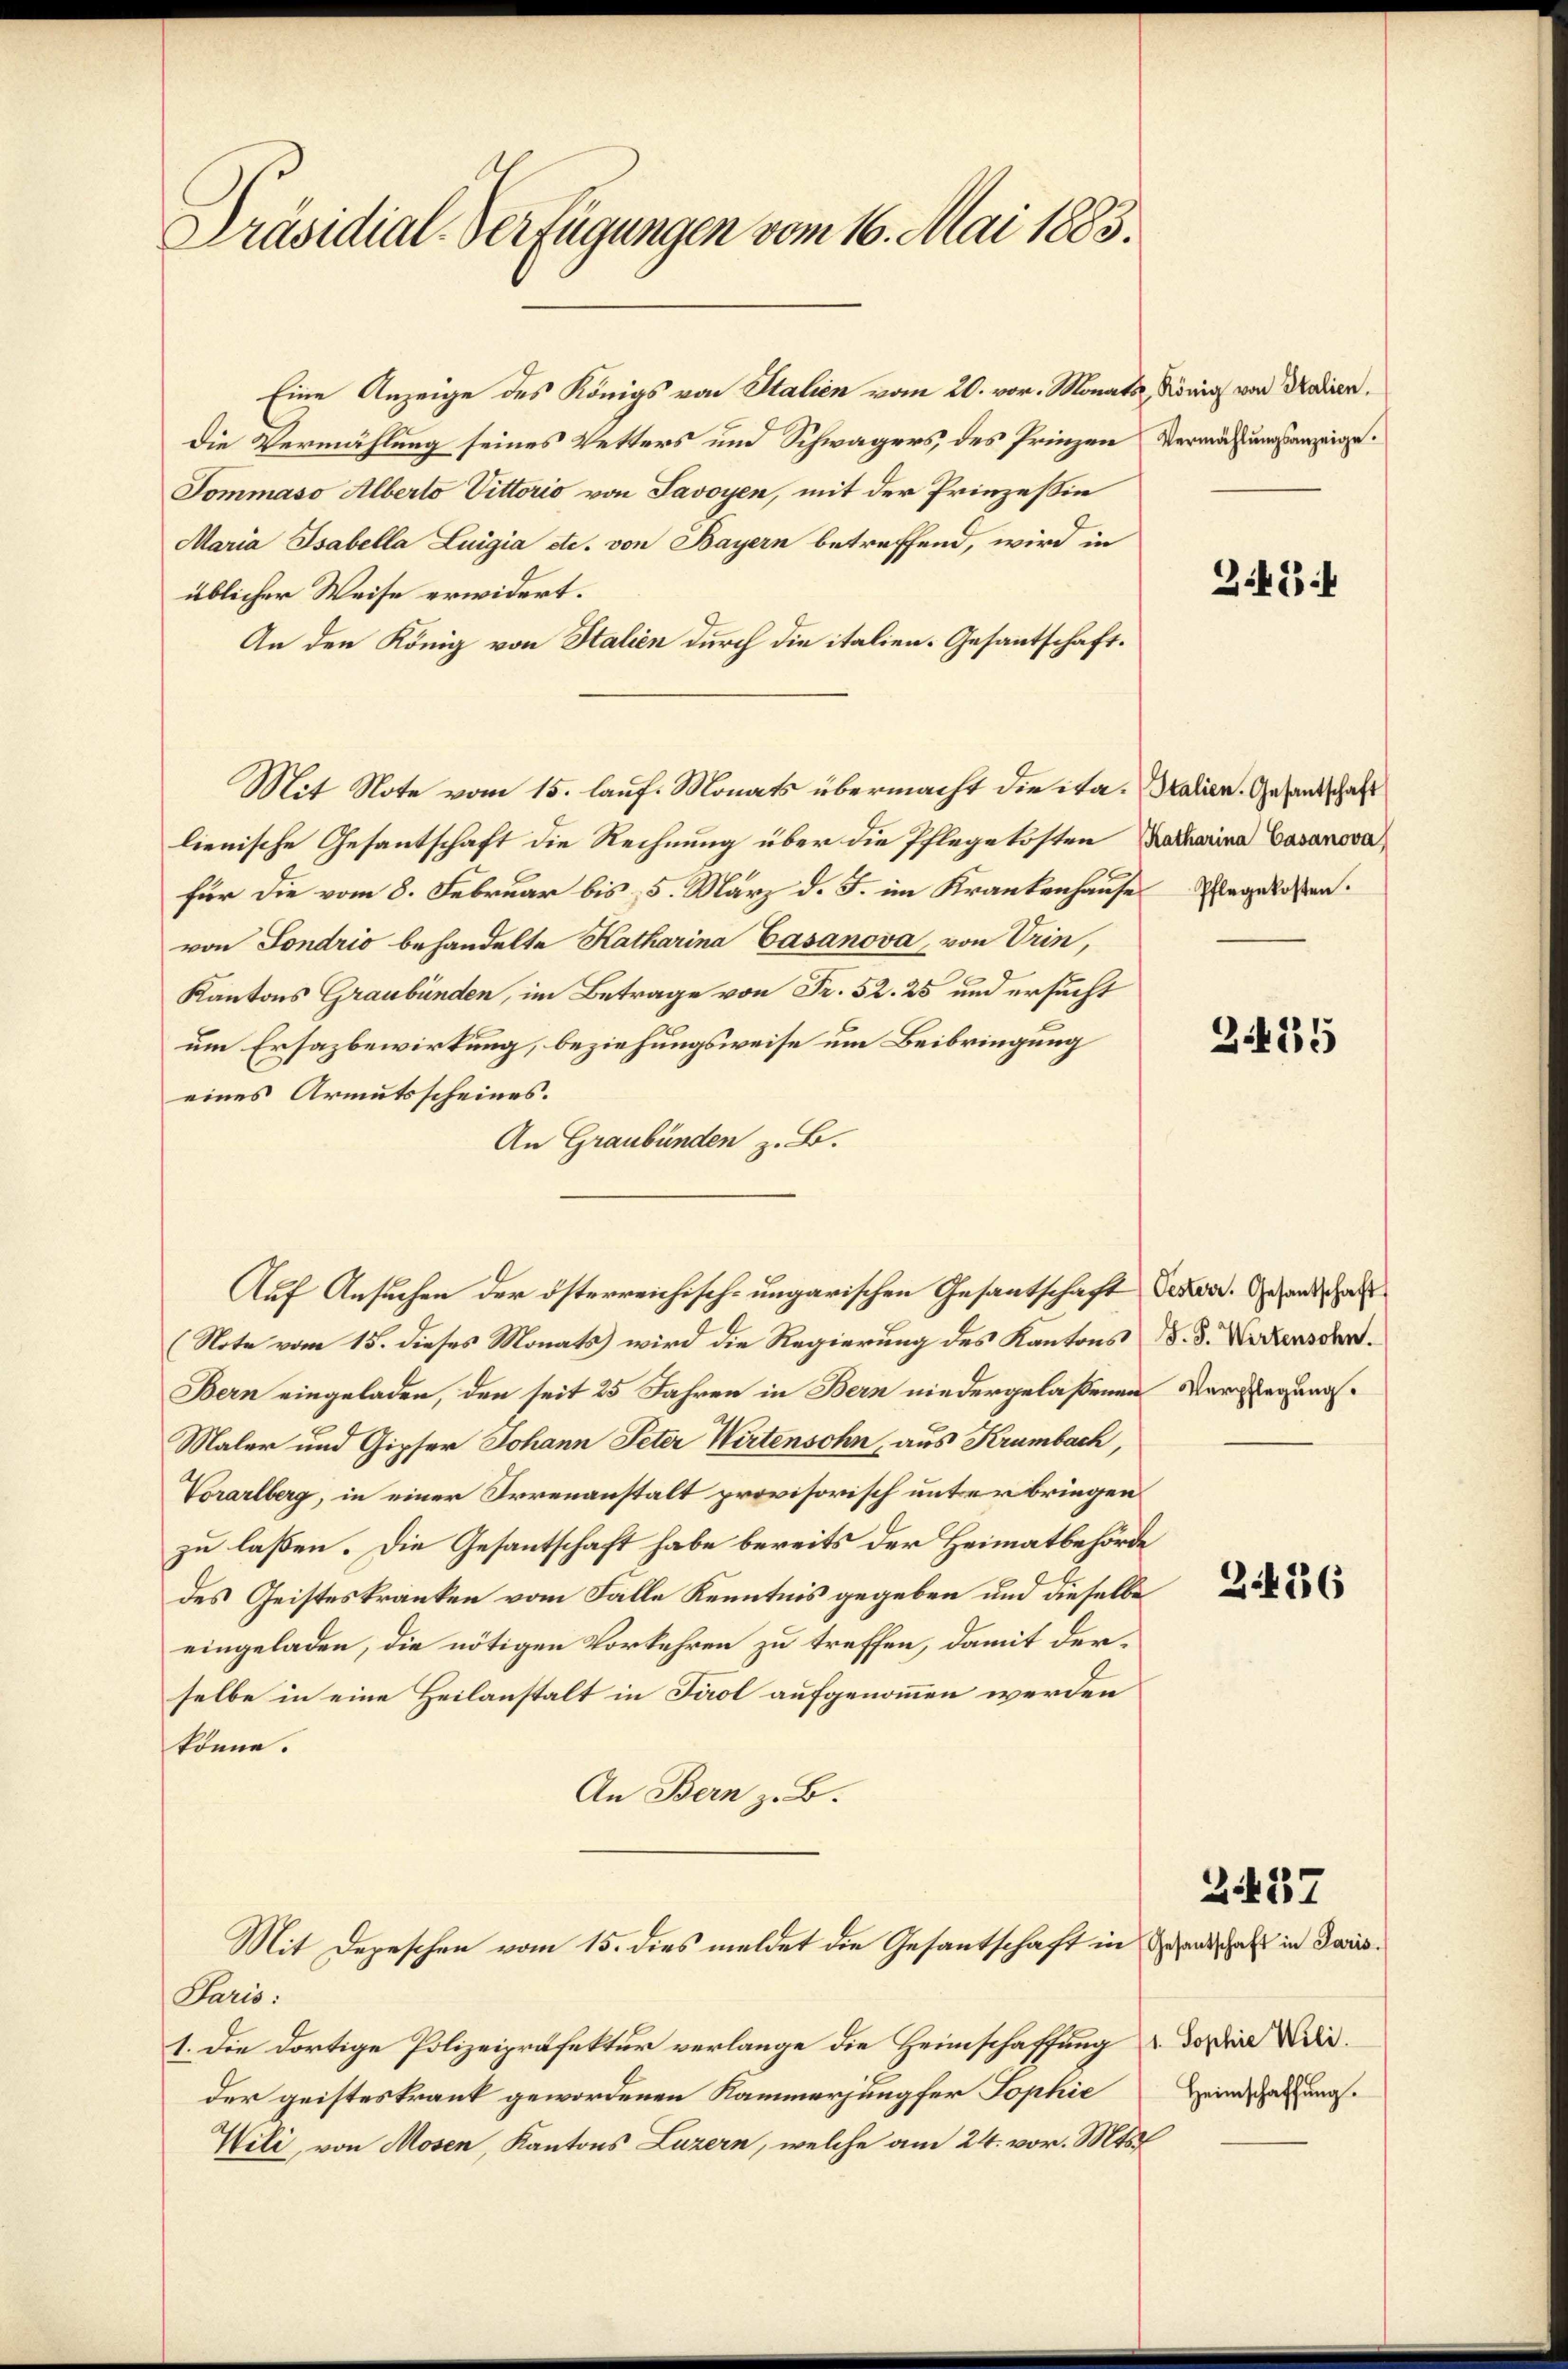
Präsidial-Verfügungen vom 16. Mai 1883.

Eine Anzeige des Königs von Stalien vom 20. vor. Monats
Die Vermählung seines Vetters und Schwagers, des Prinzen
Tommaso Alberto Vittorio von Savoyen, mit der Prinzessin
Maria Isabella Luigia etc. von Bayern betreffend, wird in
üblicher Weise erwidert.
An den König von Stalien durch die italien- Gesantschaft.
Mit Note vom 15. lauf. Monats übermacht die ita-ralien. Gesandschaft
lienische Gesantschaft die Rechnung über die Pflegekosten
für die vom 8. Februar bis 5. März d. J. im Krankenhause Regelaßen.
von Sondrio behandelte Katharina Casanova von Urin,
Kantons Graubünden, im Betrage von Fr. 52. 25 und ersucht
um Ersazbewirkung, beziehungsweise um Beibringung
eines Armutsscheines.
An Graubünden z. B.
(Note vom 15. dieses Monats wird die Regierung des Kantons d. d. Wackens der
Bern eingeladen, den seit 25 Jahren in Bern niedergelaßenen Verlegungs¬
Maler und Gipfer Johann Peter Wirtensohn, aus Krumbach,
Vorarlberg, in einer Irrenanstalt provisorisch unterbringen
zu lassen. Die Gesantschaft habe bereits der Heimatbehörde
des Geisteskranken vom Falle Kenntnis gegeben und dieselbe
eingeladen, die nötigen Vorkehren zu treffen, damit derselbe in eine Heilanstalt in Tirol aufgenommen werden
könne.
An Bern z. B.
Mit Depeschen vom 15. dies meldet die Gesantschaft in Zehend als in Dars¬
Paris.
1. Die dortige Polizeipräfektur verlange die Heimschaffung & da die Wieder geisteskrank gewordenen Kammerjungfer Tophie
Wili, von Mosen, Kantons Luzern, welche am 24. vor. Mts.

Auf Ansuchen der österreichisch-ungarischen Gesantschaft deren. Gesandschaf

König von Italien.
Vermählungsanzeige.

Z.424

Katharina Casanova

2425

24436

Heimschaffung.

2.437